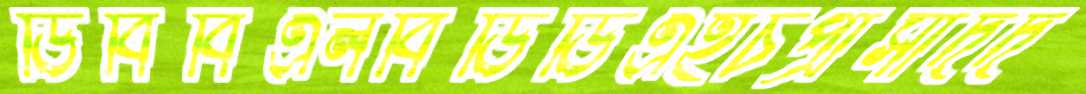
ডিবিবিএলবিডিডিএইচপ্রাসাদদ